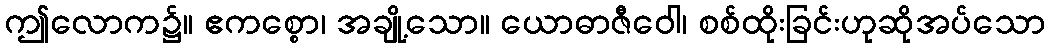
ဤလောက၌။ ဧကစ္စော၊ အချို့သော။ ယောဓာဇီဝေါ၊ စစ်ထိုးခြင်းဟုဆိုအပ်သော